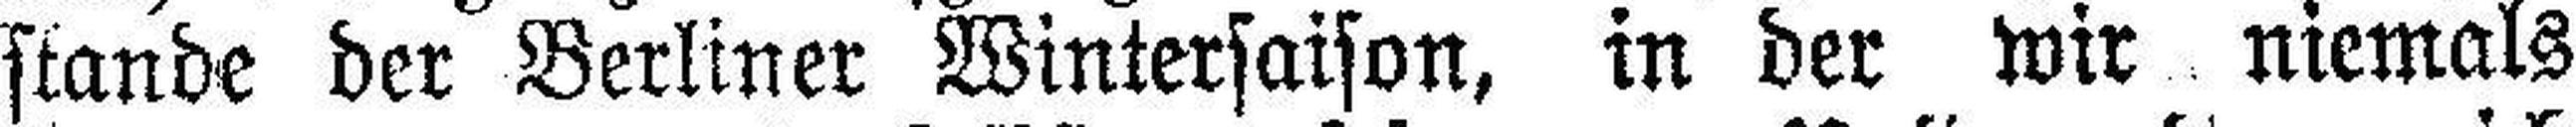
stande der Berliner Wintersaison, in der wir niemals